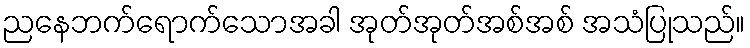
ညနေဘက်ရောက်သောအခါ အုတ်အုတ်အစ်အစ် အသံပြုသည်။